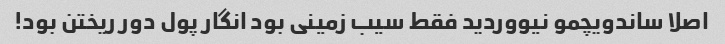
اصلا ساندویچمو نیووردید فقط سیب زمینی بود انگار پول دور ریختن بود!